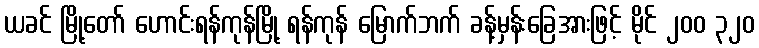
ယခင် မြို့တော် ဟောင်းရန်ကုန်မြို့ ရန်ကုန် မြောက်ဘက် ခန့်မှန်းခြေအားဖြင့် မိုင် ၂၀၀ ၃၂၀